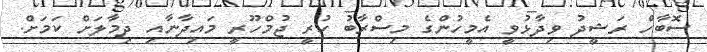
ސޮބާހް ރަޝީދު ވިދާޅުވީ އެމީހުންގެ މިސްރާބު ހުރީ ޖުމްހޫރީ މައިދާނާއި ދިމާލަށް ކަމަށް.